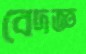
বেদজ্ঞ